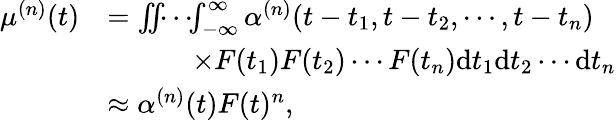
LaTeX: \begin{array}{rl}{\mu^{(n)}(t)}&{=\iint\! \! \cdots\! \! \int_{-\infty}^{\infty}\alpha^{(n)}(t-t_{1},t-t_{2},\cdots,t-t_{n})}\\ &{\qquad\quad\times F(t_{1})F(t_{2})\cdots F(t_{n})\mathrm{d}t_{1}\mathrm{d}t_{2}\cdots\mathrm{d}t_{n}}\\ &{\approx\alpha^{(n)}(t)F(t)^{n},}\end{array}